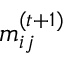
m _ { i j } ^ { ( t + 1 ) }